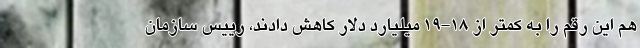
هم این رقم را به کمتر از 18-19 میلیارد دلار کاهش دادند، رییس سازمان